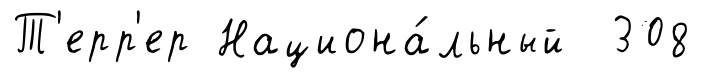
Т'ерр'ер Национа́льный 308